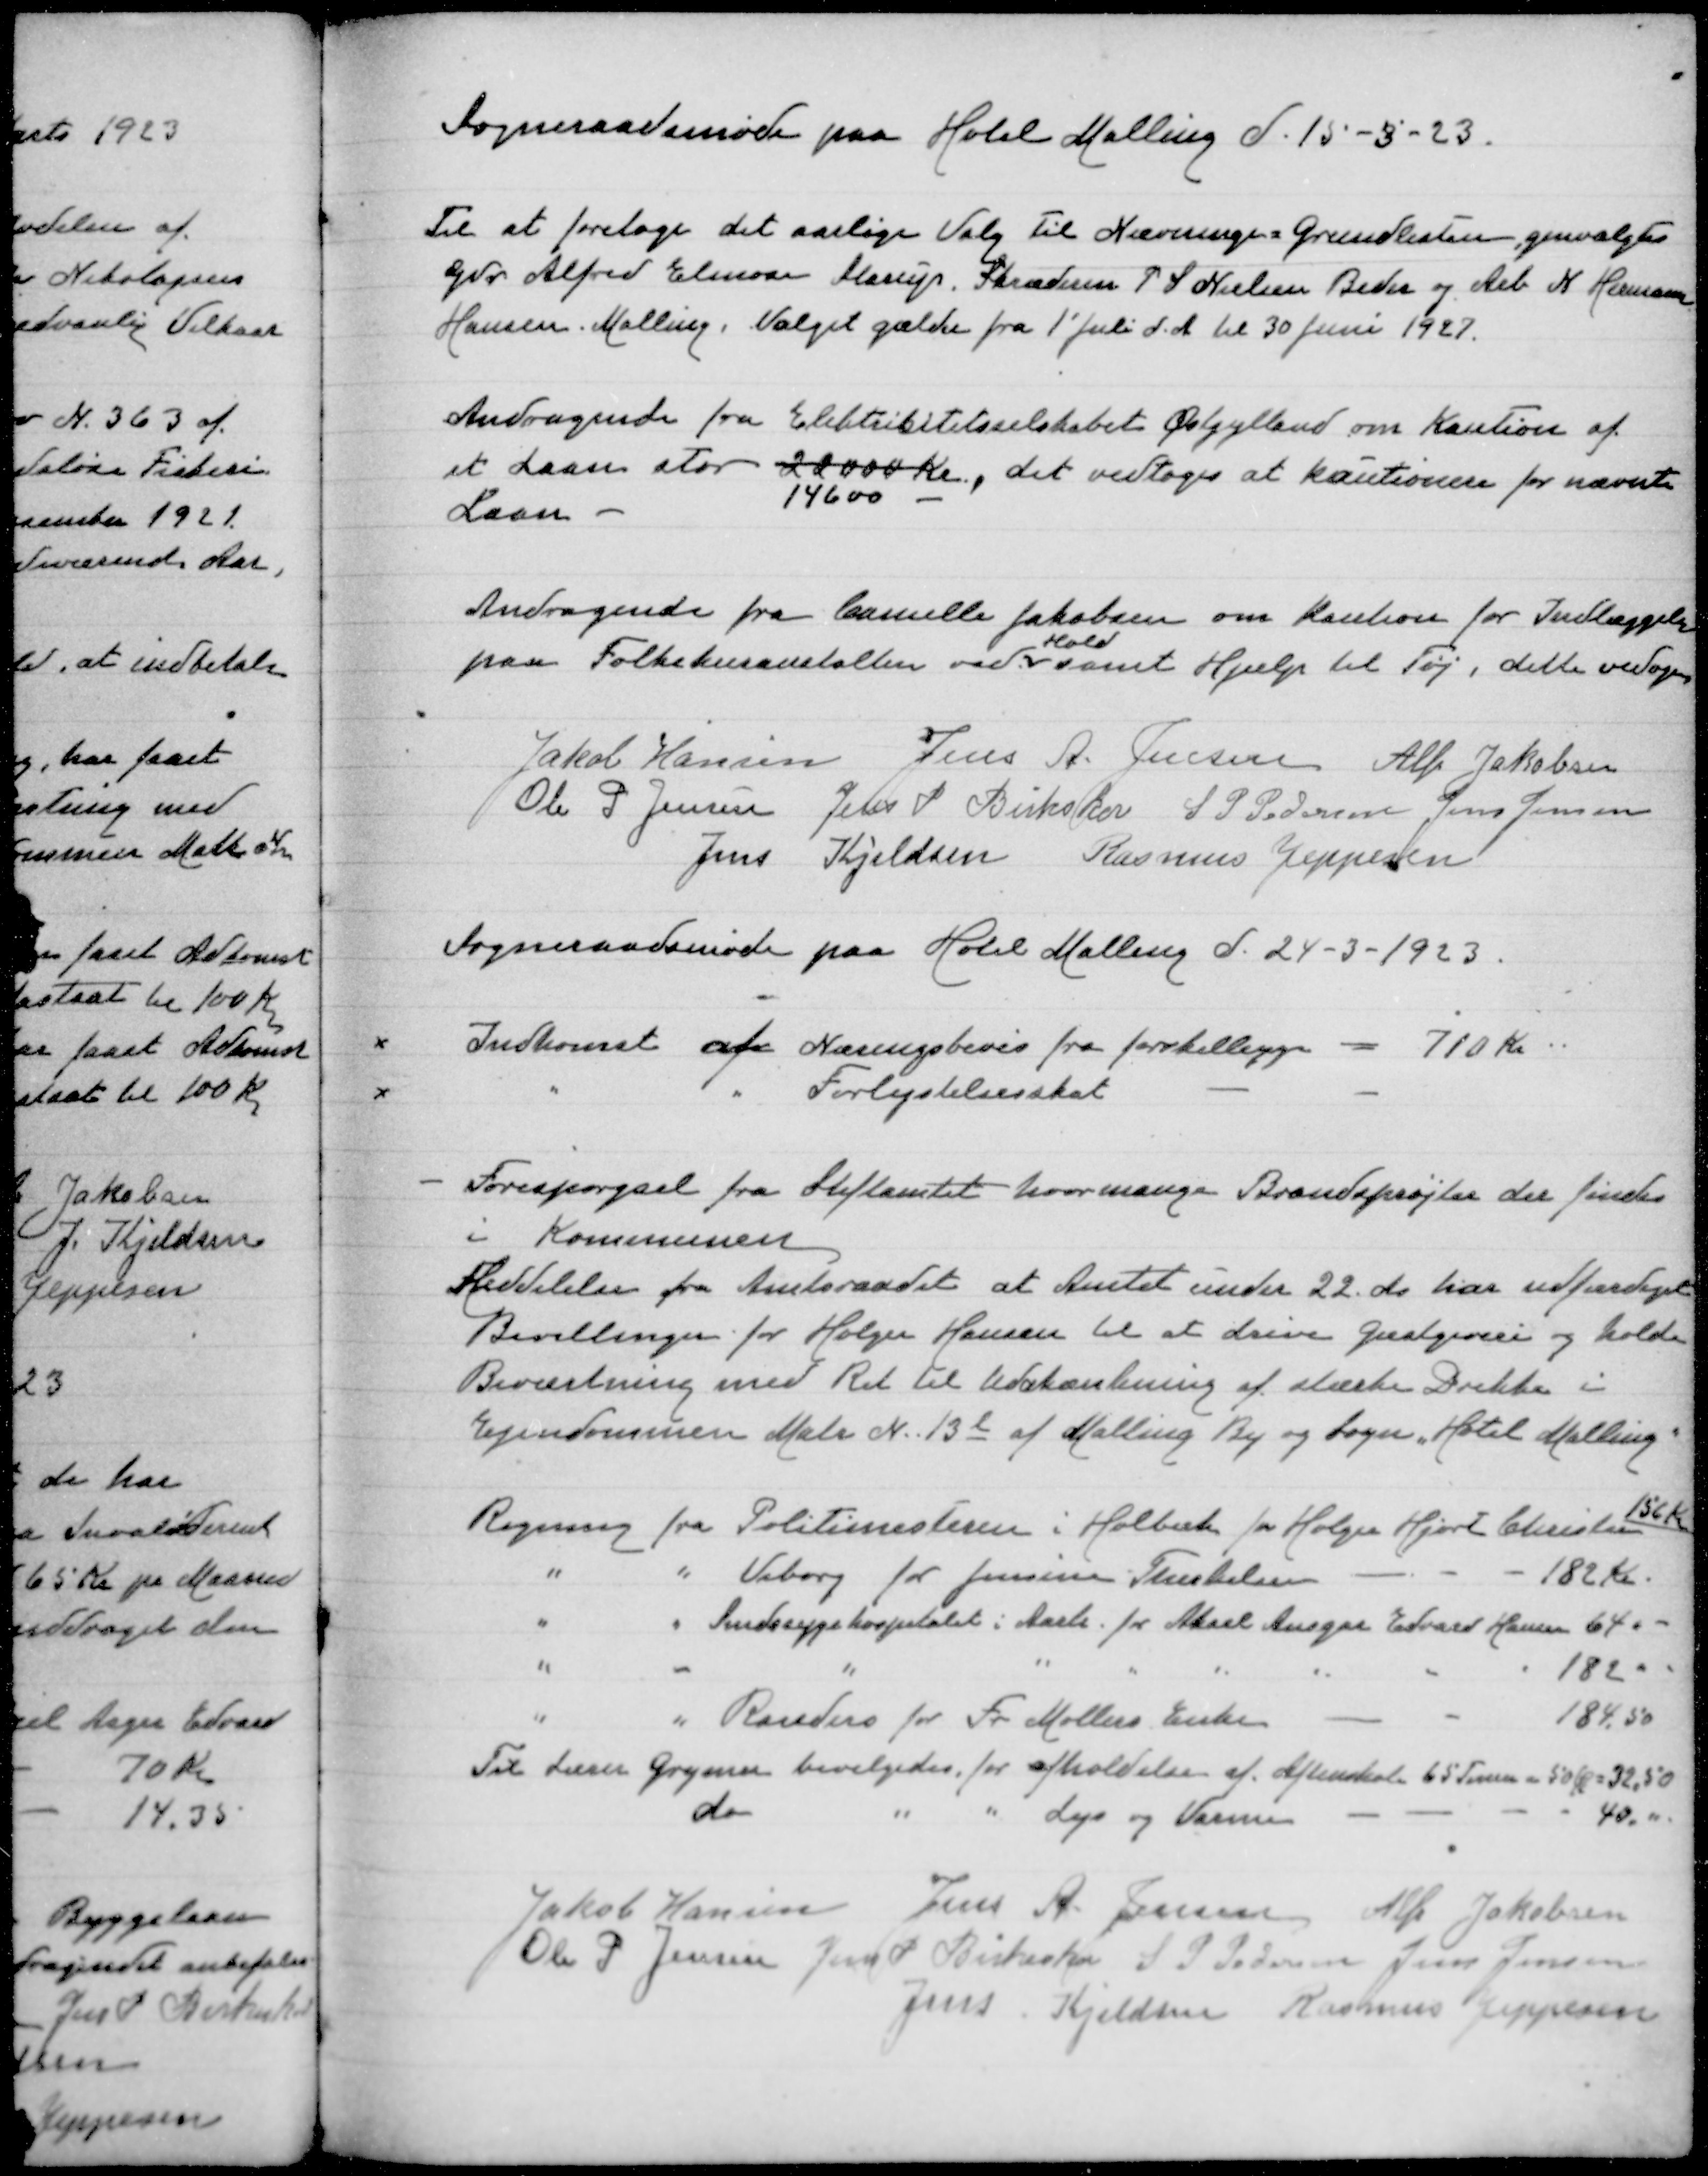
Transskription:
Sogneraadsmøde paa Hotel Malling d 15-3-23

Til at foretage det aarlige Valg Til Nævninge=Grundlisten genvalgtes
Gdr Alfred Elmose Starup, Skræderm P S Nielsen Beder og Arb N Herman
Hansen Malling, Valget gælder fra 1' Juli d A til 30 Juni 1927

Andragende fra Elektricitetselskabet Østjylland om Kaution af
et Laan stor 22000 Kr, det vedtoges at kautionere for nævnte
14600 -
Laan

Andragende fra Camilla Jakobsen om Kaution for Indlæggelse
Hald
paa Folkekuranstalten ved samt Hjælp til Tøj, dette vedtoges

Jakob Hansen
Jens A Jensen
Alfr Jakobsen
Ole P Jensen
Jens P Birkeskov
S P Pedersen
Jens Jensen
Jens Kjeldsen
Rasmus Jeppesen

Sogneraadsmøde paa Hotel Malling d 24-3-1923

Indkomst af Nævningebevis fra forskelige = 710 Kr
" " Forslystelsesskat

Forespørgsel fra Stiftamtet hvor mange Brandsprøjter der findes
i Kommunen
Meddelelse fra Amtsraadet at Amtet under 22 ds har udfærdiget
Bevillinger for Holder Hansen til at drive Gæstgiveri og holde
Beværtning med Ret til Udskænkning af stærke Drikke i
Ejendommen Matr Nr 13e af Malling By og Sogn "Hotel Malling"
156 Kr
Regning fra Politimesteren i Holbæk for Holger Hjort Christensen
" " Viborg for Jensine Therkelsen
182 Kr
" " Sindsygehospitalet i Aarh for Aksel Ansgar Edvard Hansen
64 "
" " " " " " " " "
182 "
" " Randers3 for Fr Mollers Enke
184,50
Til Lærer Gryner bevilgedes for afholdelse af Aftenskole 65 Timer a 50 Øre = 32,50
do " " Lys og Varme
40 "

Jakob Hansen
Jens A Jensen
Alfr Jakobsen
Ole P Jensen
Jens P Birkeskov
S P Pedersen
Jens Jensen
Jens Kjeldsen
Rasmus Jeppesen